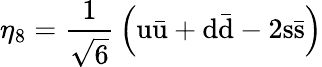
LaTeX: \eta_{8}={\frac{1}{\sqrt{6}}}\left(\mathrm{u{\bar{u}}+d{\bar{d}}-2s{\bar{s}}}\right)